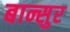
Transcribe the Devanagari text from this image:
बान्सुर